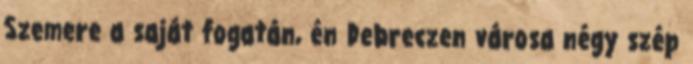
Szemere a saját fogatán, én Debreczen városa négy szép